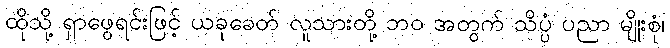
ထိုသို့ ရှာဖွေရင်းဖြင့် ယခုခေတ် လူသားတို့ ဘဝ အတွက် သိပ္ပံ ပညာ မျိုးစုံ၊